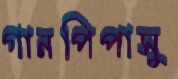
গানপিপাসু